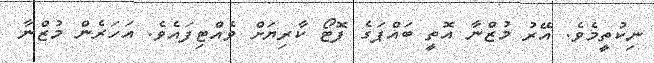
ނިކުތީމެވެ. އޭރު މުޒްނާ އޮތީ ބައްޕަގެ ފޮޓޯ ކާރިޔަށް ވެއްޓިފައެވެ. އަހަރެން މުޒްނާ